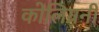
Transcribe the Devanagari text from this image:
कोलिग्रनी